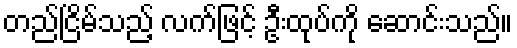
တည်ငြိမ်သည့် လက်ဖြင့် ဦးထုပ်ကို ဆောင်းသည်။